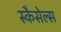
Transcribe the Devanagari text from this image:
स्कैसेल्स